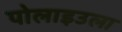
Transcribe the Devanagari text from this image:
पोलाइउला